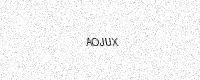
Text: AOJUX